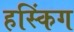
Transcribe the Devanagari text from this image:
हस्किंग